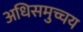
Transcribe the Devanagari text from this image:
अधिसमुच्चय